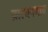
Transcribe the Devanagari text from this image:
व्रात्यपणाच